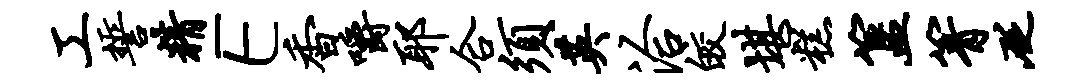
工誓精E香嚼耶合须英洽皎堪糕簋箐砭